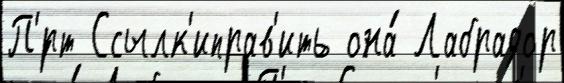
П'́рт Ссылк'иправ'ить она́ Лабрадор